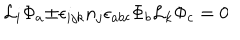
{ \cal L } _ { i } { \Phi } _ { a } { \pm } { \epsilon } _ { i j k } n _ { j } { \epsilon } _ { a b c } { \Phi } _ { b } { \cal L } _ { k } { \Phi } _ { c } = 0